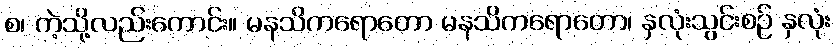
စ၊ ကဲ့သို့လည်းကောင်း။ မနသိကရောတော မနသိကရောတော၊ နှလုံးသွင်းစဉ် နှလုံး